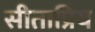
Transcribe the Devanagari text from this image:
सीताप्रिय